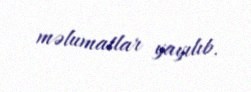
məlumatlar yayılıb.